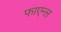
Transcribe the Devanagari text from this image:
फाएन्ल